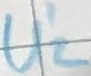
Text: U'2